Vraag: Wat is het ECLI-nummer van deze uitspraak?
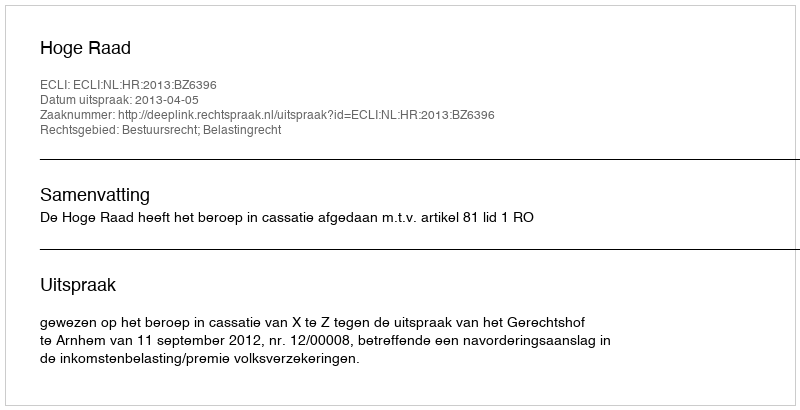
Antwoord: ECLI:NL:HR:2013:BZ6396